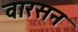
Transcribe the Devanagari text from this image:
वारसन